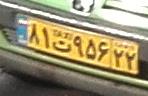
۸۱ت۹۵۶۲۲